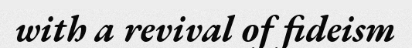
with a revival of fideism